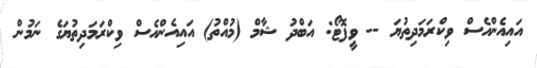
އައިއެންއެސް ވިކްރަމަދިތުޔަ -- ވީފޮޓޯ: އަބްދު ޝާމް (މުއްތު) އައިއެންއެސް ވިކްރަމަދިތުޔަގެ ނަމުން